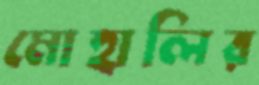
মোহালির